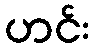
ဟင်း